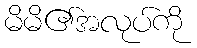
မိမိ၏အလုပ်ကို